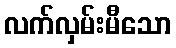
လက်လှမ်းမီသော